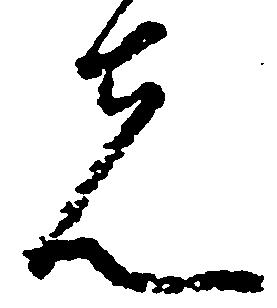
先